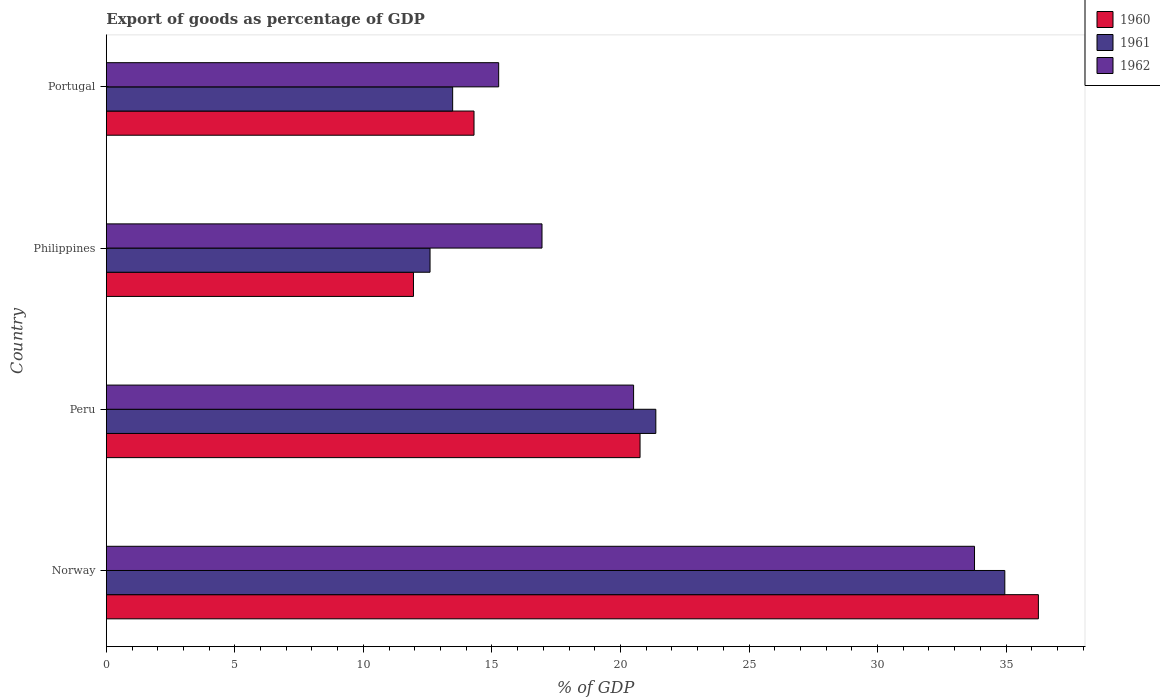
| Country | 1960 | 1961 | 1962 |
 | --- | --- | --- | --- |
 | Norway | 36.3 | 35 | 33.8 |
 | Peru | 20.8 | 21.4 | 20.5 |
 | Philippines | 11.9 | 12.6 | 16.9 |
 | Portugal | 14.3 | 13.5 | 15.3 |